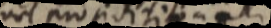
vel prosiditiona _